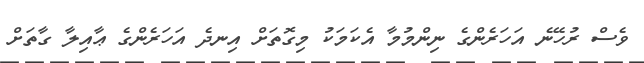
ވެސް ރުހޭނެ އަހަރެންގެ ނިންމުމާ އެކަމަކު މިގޮތަށް އިނދެ އަހަރެންގެ ޢާއިލާ ގާތަށް